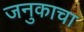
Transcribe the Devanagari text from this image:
जनुकाचा